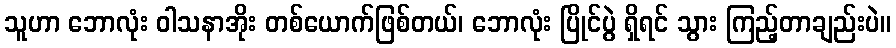
သူဟာ ဘောလုံး ဝါသနာအိုး တစ်ယောက်ဖြစ်တယ်၊ ဘောလုံး ပြိုင်ပွဲ ရှိရင် သွား ကြည့်တာချည်းပဲ။